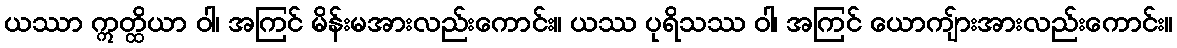
ယဿာ ဣတ္ထိယာ ဝါ၊ အကြင် မိန်းမအားလည်းကောင်း။ ယဿ ပုရိသဿ ဝါ၊ အကြင် ယောကျ်ားအားလည်းကောင်း။